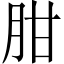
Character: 𦚕